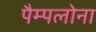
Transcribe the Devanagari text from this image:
पैम्पलोना